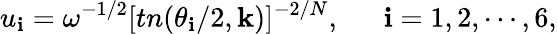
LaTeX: u_{\mathbf{i}}=\omega^{-1/2}[tn(\theta_{\mathbf{i}}/2,\mathbf{k})]^{-2/N},~~~~~~\mathbf{i}=1,2,\cdots,6,